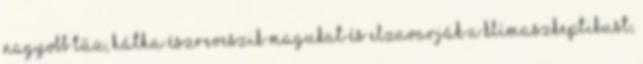
nagyobb tűz, hátha észreveszik magukat és elzavarják a klímaszkeptikust,